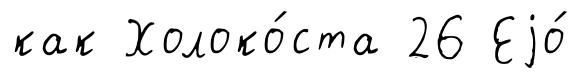
как Холоко́ста 26 Еjо́